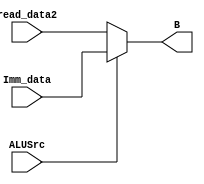
module mux_ALUSrc (read_data2, Imm_data, ALUSrc, B);

input [31:0] read_data2,Imm_data;
input ALUSrc;
output [31:0]B;

assign B=(ALUSrc)? Imm_data:read_data2;

endmodule